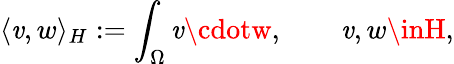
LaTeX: \langle\mathit{v},w\rangle_{H}:=\int_{\Omega}\mathit{v}\cdotw,\qquad\mathit{v},w\inH,